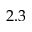
2 . 3